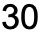
30